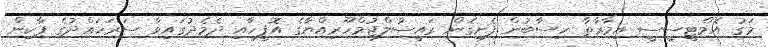
މަގު އެމްޓީސީސީ އިމާރާތާ ހިސާބުން ފެށިގެން ރައީސުލްޖުމްހޫރިއްޔާގެ އޮފީހާއި ދެމެދުގައިވާ ސަރަހައްދުގެ ޕާކިން